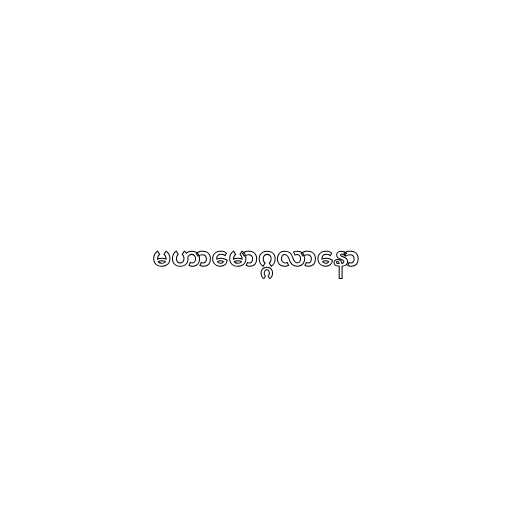
မဟာမောဂ္ဂလာနော